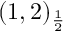
( 1 , 2 ) _ { \frac { 1 } { 2 } }